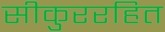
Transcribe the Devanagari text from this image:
सीकुररहित